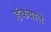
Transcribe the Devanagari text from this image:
डंकवाले